Vaccination in the Punjab 1867-1880 - 1867-1880
Year: 1867
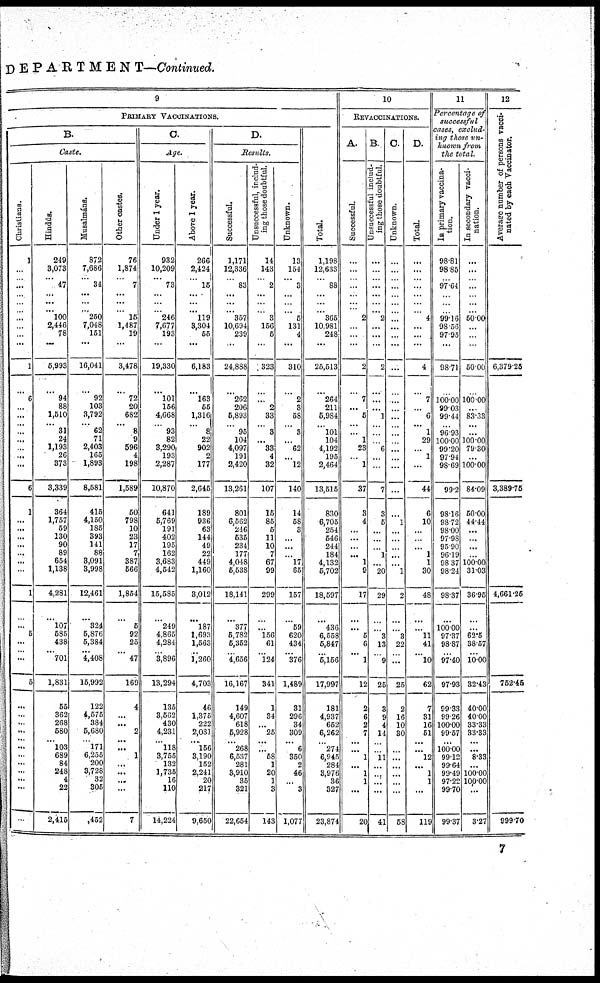
DEPARTMENT—.Continued.
9
PRIMARY VACCINATIONS.
B.
Caste.
Chr i
s t
i
ans .
1
...
... ...
...
... ...
...
...
...
...
1
...
6
...
...
... ...
...
...
...
...
6
1
...
...
...
...
...
...
...
1
...
... 5
...
... ...
5
...
...
...
...
... ...
...
...
...
...
...
...
Hindus.
249
3,073
...
47
...
... ... 100
2,446
78
...
5,993
...
94
88
1,510
...
31
24
1,193
26
373
3,339
364
1,757
59
130
90
89
654
1,138
4,281
...
107
585
438
... 701
1,831
55
362
268
580
... 103
689
84
248
4
22
2,415
Musalmána.
872
7,686
...
34
...
...
... 250
7,048
151
...
16,041
...
92
103
3,792
...
62
71
2,403
165
1,893
8,581
415
4,150
185
393
141
88
3,091
3,998
12,461
...
324
5,876
5,384
... 4,408
15,992
122
4,575
384
5,680
...
171
6,256
200
3,728
32
305
,452
Other castes.
76
1,874
...
7
...
...
... 15
1,487
19
...
3,478
...
72
20
682
...
8
9
596
4
198
1,589
50
798
10
23
17
7
387
566
1,854
...
5
92
25
...
47
169
4
...
...
2
... ...
1
...
...
...
...
7
C.
Age.
Under 1 year.
932
10,209
...
73
...
...
... 246
7,677
193
...
19,330
...
101
156
4,668
...
93
82
3,290
193
2,287
10,870
641
5,769
191
402
195
162
3,683
4,542
15,585
...
249
4,865
4,284
... 3,896
13,294
135
3.6G2
430
4,231
...
118
3,756
132
1,735
16
110
14,224
Above 1 year.
266
2,424
...
15
...
...
... 119
3,304
55
...
6,183
...
163
55
1,316
...
8
22
902
2
177
2,645
189
936
63
144
49
22
449
1,160
3,012
...
187
1,693
1,563
... 1,260
4,703
46
1,375
222
2,031
...
156
3,190
152
2,241
20
217
9,650
D.
Results.
Successful.
1,171
12,336
... 83
...
...
... 357
10,694
239
...
24,888
...
262
206
5,893
... 95
104
4,097
191
2,420
13,261
801
6,562
216
535
234
177
4,048
5,538
18,141
...
377
5,782
5,352
... 4,656
16,167
149
4,607
618
5,928
... 268
6,537
281
3,910
35
321
22,654
Unsuccessful, includ-
ing those doubtful.
14
143
... 2
...
...
... 3
156
5
...
323
...
... 2
33
... 3
...
33
4
32
107
15
85
5
11
10
7
67
99
299
...
...
156
61
... 124
341
1
34
...
25
... ...
58
1
20
1
3
143
Unknown.
13
154
... 3
...
...
... 5
131
4
...
310
...
2
3
58
... 3
...
62
...
12
140
14
58
3
...
...
...
17
85
157
...
59
620
434
... 376
1,489
31
296
34
309
... 6
350
2
46
...
3
1,077
Total.
1,198
12,633
...
88
...
... ... 365
10.981
248
...
25,513
...
264
211
5,984
... 101
104
4,192
195
2,464
13,515
830
6,705
254
546
244
184
4,132
5,712
18,597
...
436
6,558
5,847
...
5,156
17,997
181
4,937
652
6,262
... 274
6,945
284
3,976
36
327
23,874
10
REVACOINATIONS.
A.
Successful.
...
...
... ...
...
... ... 2
...
...
...
2
...
7
...
5
... ...
1
23
...
1
37
3
4
...
...
...
...
1
9
17
...
... 5
6
... 1
12
2
6
2
7
... ...
1
...
1
1
...
20
B.
Unsuccessful includ-
ing those doubtful.
...
...
... ...
...
... ... 2
...
...
...
2
...
...
...
1
... ...
...
6
...
...
7
3
5
...
...
...
1
...
20
29
...
... 3
13
... 9
25
3
9
4
14
... ...
11
...
...
...
...
41
C.
Unknown.
...
...
... ...
...
... ...
...
...
...
...
...
...
...
...
...
... ...
...
...
...
...
...
...
1
...
...
...
...
...
1
2
...
...
8
22
... ...
25
2
16
10
30
... ...
...
...
...
...
...
58
D.
Total.
...
...
... ...
...
...
... 4
...
...
...
4
...
7
...
6
... 1
29
...
1
...
44
6
10
...
...
...
1
1
30
48
...
... 11
41
... 10
62
7
31
16
51
... ...
12
...
1
1
...
119
11
Percentage of
successful
cases, exclud-
ing those un-
known from
the total.
In primary vaccina-
tion.
98.81
98 85
... 97.64
...
... ...
99.16
98.56
97.95
...
98.71
...
100.00
99 03
99.44
... 96.93
100.00
99.20
97.94
98.69
99.2
98.16
98.72
98.00
97.98
95.90
96.19
98 37
98.24
98.37
...
100.00
97.37
98.87
... 97.40
97.93
99.33
99.26
100.00
99.57
... 100.00
99.12
99.64
99.49
97.22
99.70
99.37
In secondary vacci-
nation.
...
...
... ...
...
...
...
50.00
...
...
...
50.00
...
100.00
...
83.33
... ...
100.00
79.30
...
100.00
84.09
60.00
44.44
...
...
...
...
100.00
31.03
36.95
...
...
62.5
38.57
... 10.00
32.43
40.00
40.00
33.33
33.33
... ...
8.33
...
100.00
100.00
...
3.27
12
Average number of persons vacci-
nated by each Vaccinator.
6,379.25
3,389.75
4,661.25
752.45
999.70
7